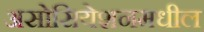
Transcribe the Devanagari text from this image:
असोसियेशनमधील